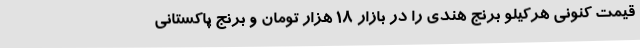
قیمت کنونی هرکیلو برنج هندی را در بازار 18 هزار تومان و برنج پاکستانی